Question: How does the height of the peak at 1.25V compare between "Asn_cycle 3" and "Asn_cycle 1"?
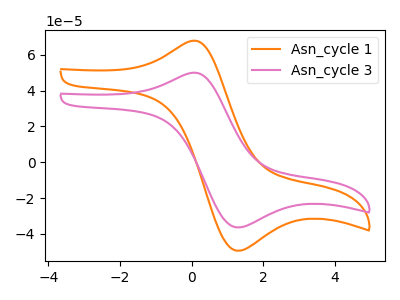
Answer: <think>The orange curve "Asn_cycle 1" has an anodic peak at (0.00V, 67.55uA) and a cathodic peak at (1.25V, -49.30uA). The pink curve "Asn_cycle 3" has an anodic peak at (0.00V, 49.75uA) and a cathodic peak at (1.25V, -36.30uA).</think>
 <answer>The peak at 1.25V is lower in "Asn_cycle 3" than in "Asn_cycle 1".</answer>
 <eval>lower</eval>